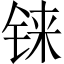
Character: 铼